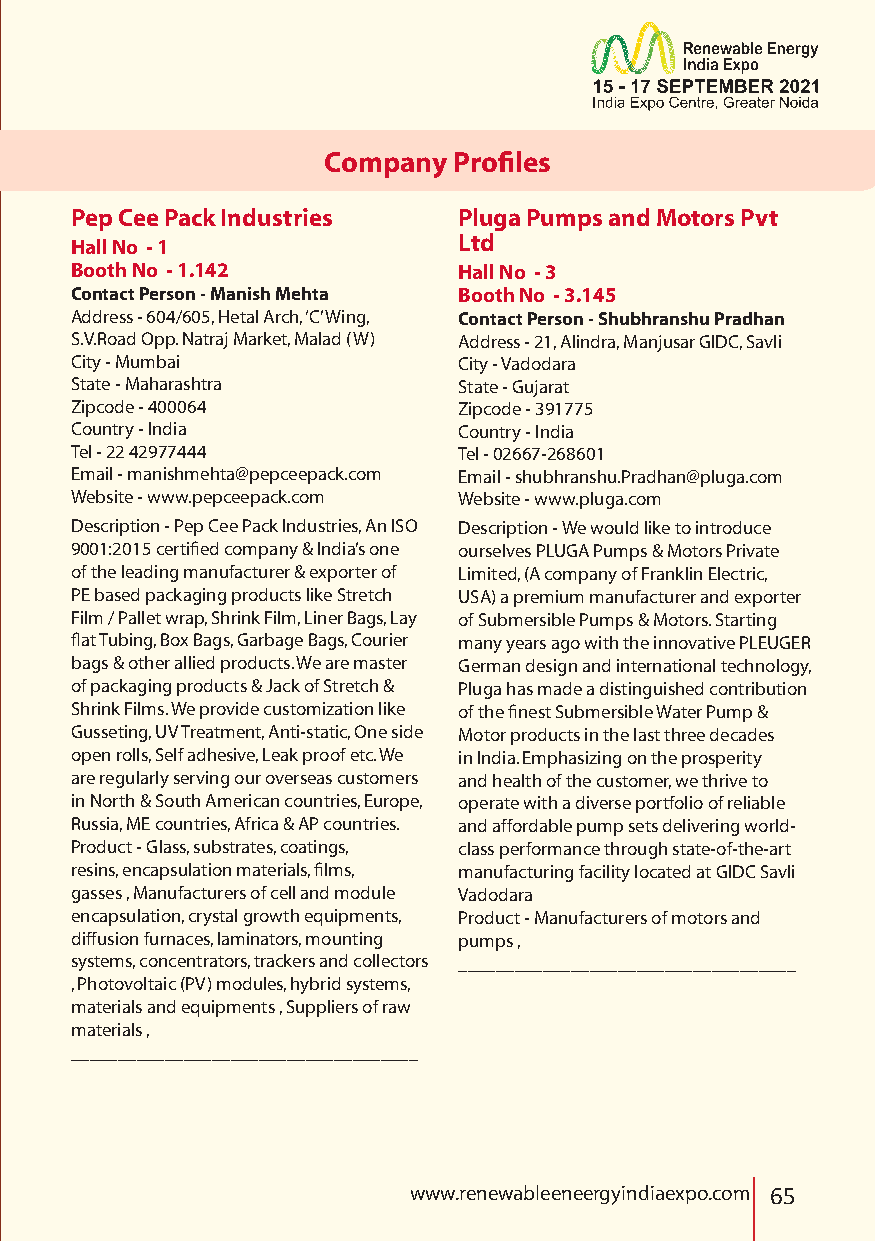
Company  Profiles
 Pep Cee Pack Industries  Pluga Pumps and Motors Pvt
 Ltd
 Hall No - 1
 Booth No - 1.142         Hall No - 3
 Contact Person - Manish Mehta Booth No - 3.145
 Address - 604/605, Hetal Arch, ‘C’ Wing, Contact Person - Shubhranshu Pradhan
 S.V.Road Opp. Natraj Market, Malad (W) Address - 21, Alindra, Manjusar GIDC, Savli
 City - Mumbai            City - Vadodara
 State - Maharashtra      State - Gujarat
 Zipcode - 400064         Zipcode - 391775
 Country - India          Country - India
 Tel - 22 42977444        Tel - 02667-268601
 Email - manishmehta@pepceepack.com Email - shubhranshu.Pradhan@pluga.com
 Website - www.pepceepack.com Website - www.pluga.com
 Description - Pep Cee Pack Industries, An ISO Description - We would like to introduce
 9001:2015 certified company & India’s one ourselves PLUGA Pumps & Motors Private
 of the leading manufacturer & exporter of Limited, (A company of Franklin Electric,
 PE based packaging products like Stretch USA) a premium manufacturer and exporter
 Film / Pallet wrap, Shrink Film, Liner Bags, Lay of Submersible Pumps & Motors. Starting
 flat Tubing, Box Bags, Garbage Bags, Courier many years ago with the innovative PLEUGER
 bags & other allied products. We are master German design and international technology,
 of packaging products & Jack of Stretch & Pluga has made a distinguished contribution
 Shrink Films. We provide customization like of the finest Submersible Water Pump &
 Gusseting, UV Treatment, Anti-static, One side Motor products in the last three decades
 open rolls, Self adhesive, Leak proof etc. We in India. Emphasizing on the prosperity
 are regularly serving our overseas customers and health of the customer, we thrive to
 in North & South American countries, Europe, operate with a diverse portfolio of reliable
 Russia, ME countries, Africa & AP countries. and affordable pump sets delivering world-
 Product - Glass, substrates, coatings, class performance through state-of-the-art
 resins, encapsulation materials, films, manufacturing facility located at GIDC Savli
 gasses , Manufacturers of cell and module Vadodara
 encapsulation, crystal growth equipments, Product - Manufacturers of motors and
 diffusion furnaces, laminators, mounting pumps ,
 systems, concentrators, trackers and collectors ____________________________________
 , Photovoltaic (PV) modules, hybrid systems,
 materials and equipments , Suppliers of raw
 materials ,
 _____________________________________
 www.renewableeneergyindiaexpo.com 65